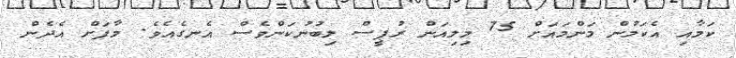
ކަމާއި އެކަމުން މަންމައަށް 75 މިލިއަން ރުޕީސް ލިބުނުކަންވެސް އެނގެއެވެ. މާފަށް އެދެން